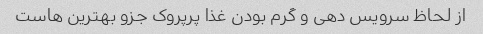
از لحاظ سرویس دهی و گرم بودن غذا پرپروک جزو بهترین هاست